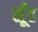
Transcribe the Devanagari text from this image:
सूँह